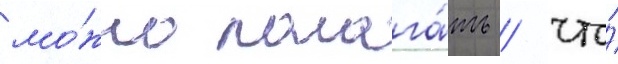
мо́жно полага́ть / что́